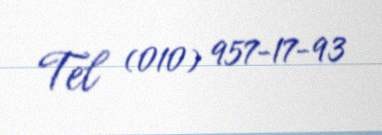
Tel (010) 957-17-93